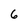
Character: 6